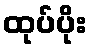
ထုပ်ပိုး